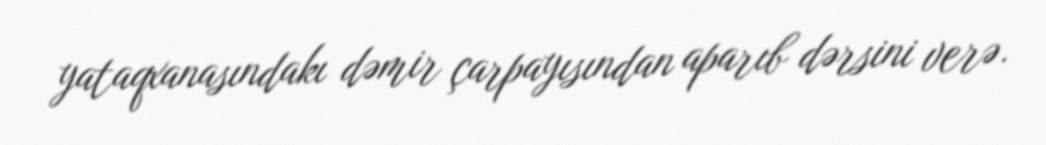
yataqxanasındakı dəmir çarpayısından aparıb dərsini verə.